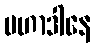
မဟာဒါနေ